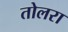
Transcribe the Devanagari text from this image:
तोलरा